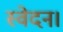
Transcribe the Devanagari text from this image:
स्वेदन।